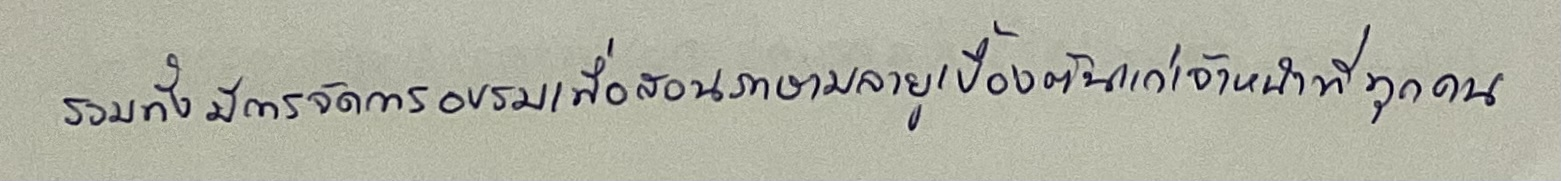
รวมทั้งมีการจัดการอบรมเพื่อสอนภาษามลายูเบื้องต้นแก่เจ้าหน้าที่ทุกคน